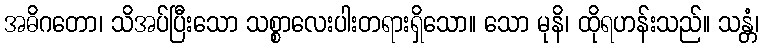
အဓိဂတော၊ သိအပ်ပြီးသော သစ္စာလေးပါးတရားရှိသော။ သော မုနိ၊ ထိုရဟန်းသည်။ သန္တံ၊